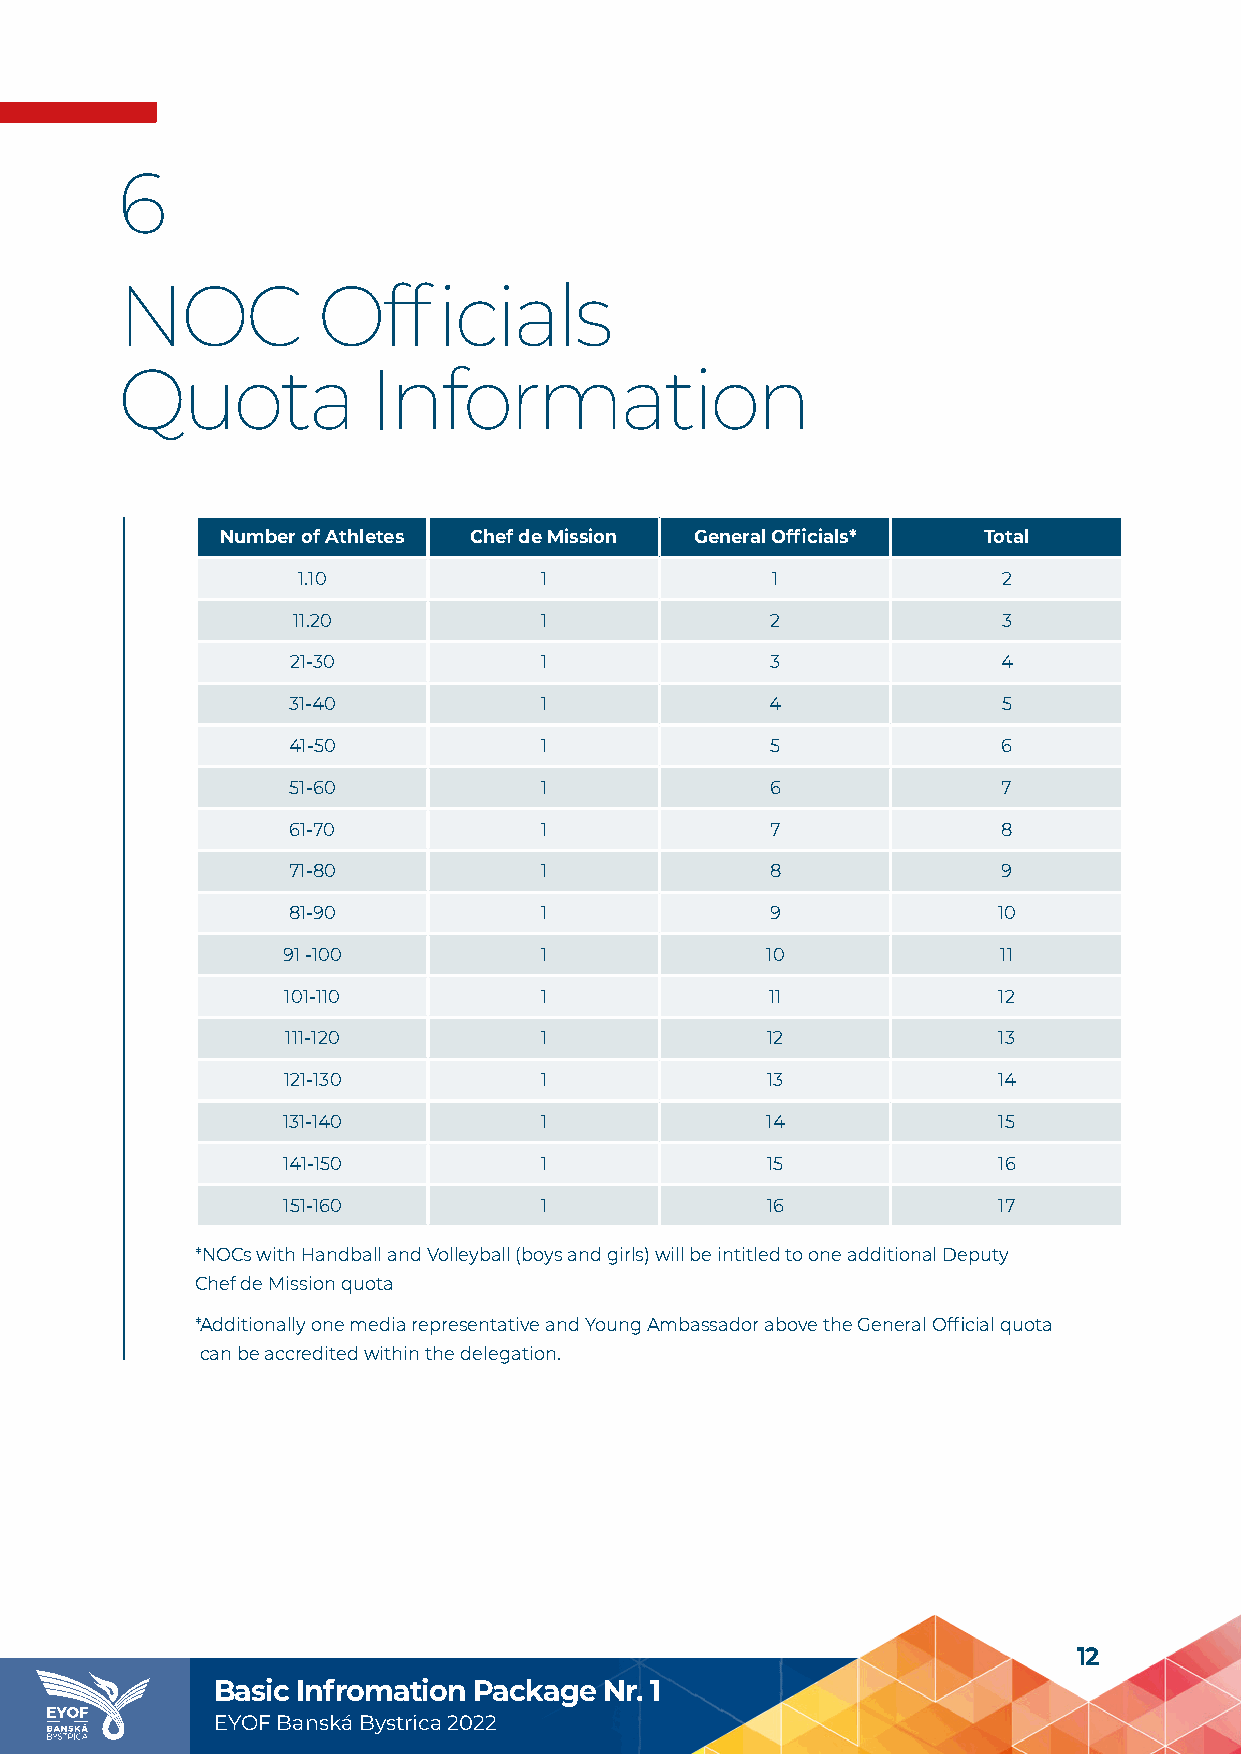
6
 NOC          Officials
 Quota           Information
 Number of Athletes Chef de Mission General Officials* Total
 1.10            1              1              2
 11.20            1              2              3
 21-30            1              3              4
 31-40            1              4              5
 41-50            1              5              6
 51-60            1              6              7
 61-70            1              7              8
 71-80            1              8              9
 81-90            1              9              10
 91 -100          1              10             11
 101-110          1              11             12
 111-120          1              12             13
 121-130          1              13             14
 131-140          1              14             15
 141-150          1              15             16
 151-160          1              16             17
 *NOCs with Handball and Volleyball (boys and girls) will be intitled to one additional Deputy
 Chef de Mission quota
 * Additionally one media representative and Young Ambassador above the General Official quota
 can be accredited within the delegation.
 12
 Basic Infromation Package Nr. 1
 EYOF Banská Bystrica 2022